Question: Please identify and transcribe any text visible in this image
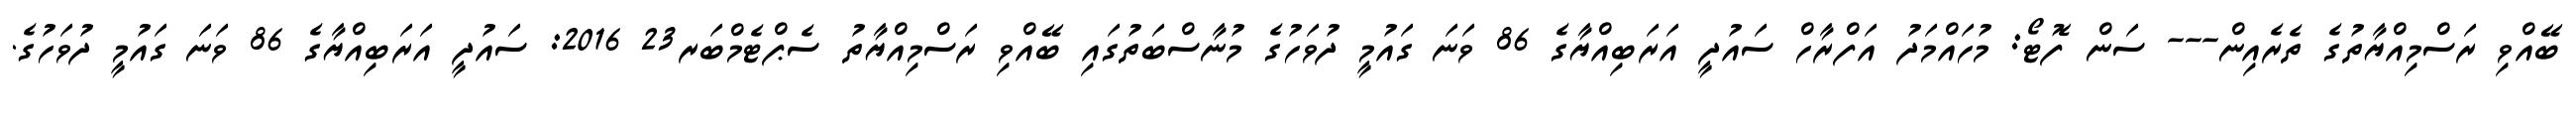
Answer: ބޭއްވި ރަސްމިއްޔާތުގެ ތެރެއިން--- ސަން ފޮޓޯ: މުހައްމަދު އަފްރާހް ސައުދީ އަރަބިއްޔާގެ 86 ވަނަ ގައުމީ ދުވަހުގެ މުނާސްބަތުގައި ބޭއްވި ރަސްމިއްޔާތު ސެޕްޓެމްބަރ23 2016: ސައުދީ އަރަބިއްޔާގެ 86 ވަނަ ގައުމީ ދުވަހުގެ.